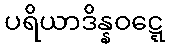
ပရိယာဒိန္နဝဋ္ဋေ